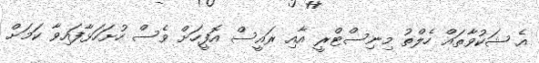
އެ ޝަކުވާތައް ހެލްތު މިނިސްޓްރީ އާއި ރައީސް އޮފީހަށް ވެސް ހުށަހަޅާފައިވާ ކަމަށް